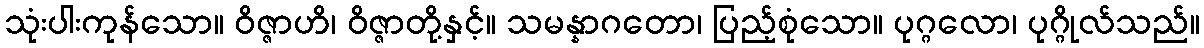
သုံးပါးကုန်သော။ ဝိဇ္ဇာဟိ၊ ဝိဇ္ဇာတို့နှင့်။ သမန္နာဂတော၊ ပြည့်စုံသော။ ပုဂ္ဂလော၊ ပုဂ္ဂိုလ်သည်။